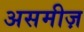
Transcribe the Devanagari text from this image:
असमीज़